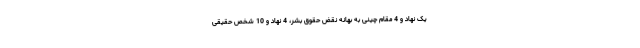
یک نهاد و 4 مقام چینی به بهانه نقض حقوق بشر، 4 نهاد و 10 شخص حقیقی